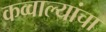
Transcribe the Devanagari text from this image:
कव्वाल्यांचा